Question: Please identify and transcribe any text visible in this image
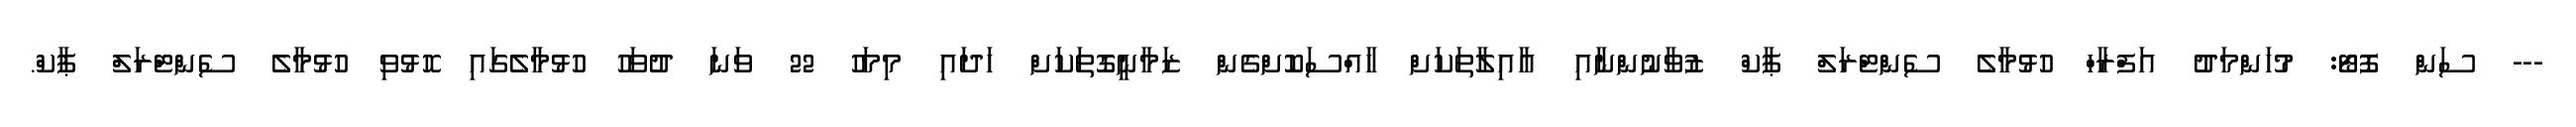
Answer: --- ސަން ފޮޓޯ: މުހަންމަދު އަފްރާހް ހުޅުމާލެ ސެންޓްރަލް ޕާކް ޒުވާނުންނާއި އާއިލާތަކަށް ހާއްސަކޮށްގެން ޒަމާނީގޮތަކަށް ހަދައި މިމަހު 22 ވަނަ ދުވަހު ހުޅުމާލެގައި ހޮޅުވި ހުޅުމާލެ ސެންޓްރަލް ޕާކް.